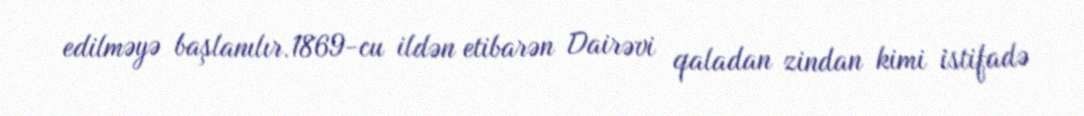
edilməyə başlanılır.1869-cu ildən etibarən Dairəvi qaladan zindan kimi istifadə